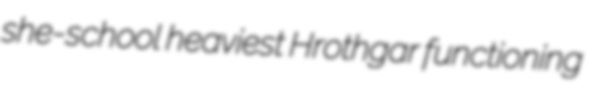
she-school heaviest Hrothgar functioning